Epidemic dropsy in Calcutta - Number 49
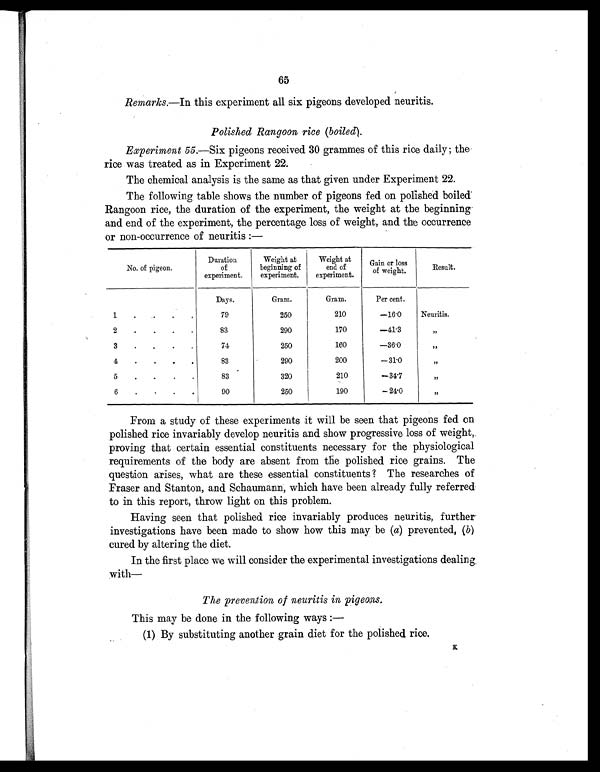
65
Remarks.—In this experiment all six pigeons developed neuritis.
Polished Rangoon rice (boiled).
Experiment 55.—Six pigeons received 30 grammes of this rice daily; the
rice was treated as in Experiment 22.
The chemical analysis is the same as that given under Experiment 22.
The following table shows the number of pigeons fed on polished boiled
Rangoon rice, the duration of the experiment, the weight at the beginning
and end of the experiment, the percentage loss of weight, and the occurrence
or non-occurrence of neuritis:—
No. of pigeon.
Duration
of
experiment.
Weight at
beginning of
experiment.
Weight at
end of
experiment.
Gain or loss
of weight.
Result.
Days.
Gram.
Gram.
Per cent.
1
. .
. .
79
250
210
—16.0
Neuritis.
2
. .
. .
83
290
170
—41.3
, ,
3
.
.
. .
74
250
160
—36.0
,,
4
.
.
. .
83
290
200
—31.0
, ,
5
.
.
.
.
83
320
210
—34.7
, ,
6
.
.
.
.
90
250
190
—24.0
, ,
From a study of these experiments it will be seen that pigeons fed on
polished rice invariably develop neuritis and show progressive loss of weight,
proving that certain essential constituents necessary for the physiological
requirements of the body are absent from the polished rice grains. The
question arises, what are these essential constituents ? The researches of
Fraser and Stanton, and Schaumann, which have been already fully referred
to in this report, throw light on this problem.
Having seen that polished rice invariably produces neuritis, further
investigations have been made to show how this may be (a) prevented, (b)
cured by altering the diet.
In the first place we will consider the experimental investigations dealing,
with—
The prevention of neuritis in pigeons.
This may be done in the following ways:
—
(1) By substituting another grain diet for the polished rice.
K